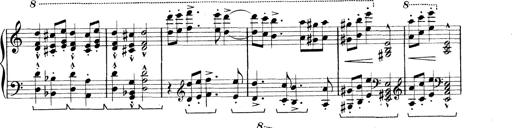
Title: Rapsodie: 19 ungheresi, 1 spagnuola
Composer: Franz Liszt